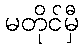
မတိုင်မှီ